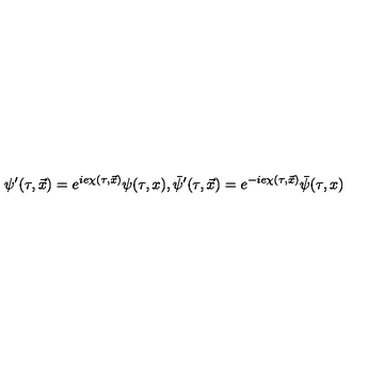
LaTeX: \psi ^ { \prime } ( \tau , \vec { x } ) = e ^ { i e \chi ( \tau , \vec { x } ) } \psi ( \tau , x ) { } , \bar { \psi } ^ { \prime } ( \tau , \vec { x } ) = e ^ { - i e \chi ( \tau , \vec { x } ) } \bar { \psi } ( \tau , x )